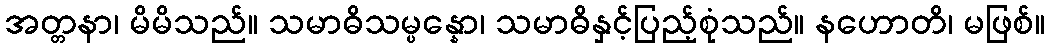
အတ္တနာ၊ မိမိသည်။ သမာဓိသမ္ပန္နော၊ သမာဓိနှင့်ပြည့်စုံသည်။ နဟောတိ၊ မဖြစ်။